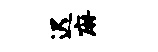
迟麻